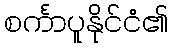
စင်္ကာပူနိုင်ငံ၏